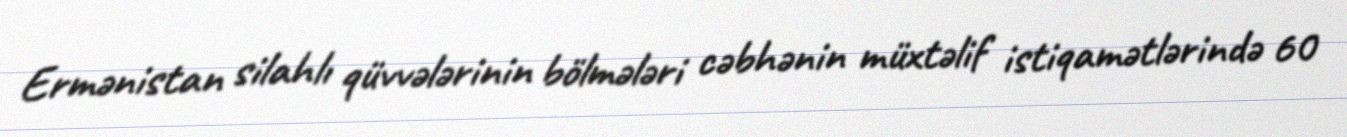
Ermənistan silahlı qüvvələrinin bölmələri cəbhənin müxtəlif istiqamətlərində 60